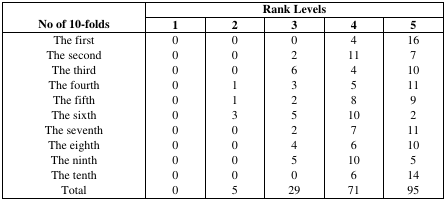
<table><thead><tr><td rowspan="2"><b>No of 10-folds</b></td><td colspan="5"><b>Rank Levels</b></td></tr><tr><td><b>1</b></td><td><b>2</b></td><td><b>3</b></td><td><b>4</b></td><td><b>5</b></td></tr></thead><tbody><tr><td>The first</td><td>0</td><td>0</td><td>0</td><td>4</td><td>16</td></tr><tr><td>The second</td><td>0</td><td>0</td><td>2</td><td>11</td><td>7</td></tr><tr><td>The third</td><td>0</td><td>0</td><td>6</td><td>4</td><td>10</td></tr><tr><td>The fourth</td><td>0</td><td>1</td><td>3</td><td>5</td><td>11</td></tr><tr><td>The fifth</td><td>0</td><td>1</td><td>2</td><td>8</td><td>9</td></tr><tr><td>The sixth</td><td>0</td><td>3</td><td>5</td><td>10</td><td>2</td></tr><tr><td>The seventh</td><td>0</td><td>0</td><td>2</td><td>7</td><td>11</td></tr><tr><td>The eighth</td><td>0</td><td>0</td><td>4</td><td>6</td><td>10</td></tr><tr><td>The ninth</td><td>0</td><td>0</td><td>5</td><td>10</td><td>5</td></tr><tr><td>The tenth</td><td>0</td><td>0</td><td>0</td><td>6</td><td>14</td></tr><tr><td>Total</td><td>0</td><td>5</td><td>29</td><td>71</td><td>95</td></tr></tbody></table>